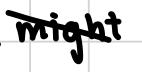
Text: might
Cross-out: diagonal
Writing tool: digital_black